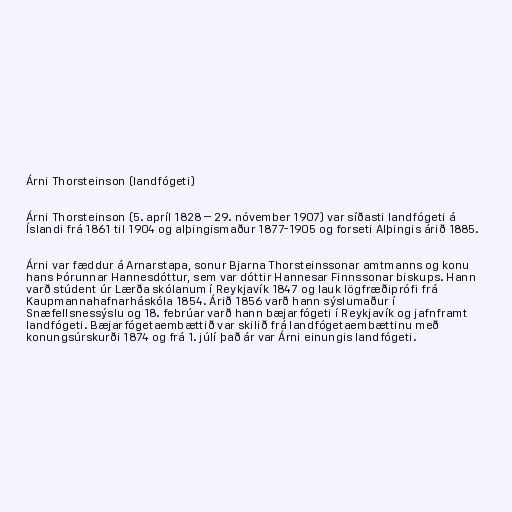
Árni Thorsteinson (landfógeti)

Árni Thorsteinson (5. apríl 1828 – 29. nóvember 1907) var síðasti landfógeti á
Íslandi frá 1861 til 1904 og alþingismaður 1877-1905 og forseti Alþingis árið 1885.

Árni var fæddur á Arnarstapa, sonur Bjarna Thorsteinssonar amtmanns og konu
hans Þórunnar Hannesdóttur, sem var dóttir Hannesar Finnssonar biskups. Hann
varð stúdent úr Lærða skólanum í Reykjavík 1847 og lauk lögfræðiprófi frá
Kaupmannahafnarháskóla 1854. Árið 1856 varð hann sýslumaður í
Snæfellsnessýslu og 18. febrúar varð hann bæjarfógeti í Reykjavík og jafnframt
landfógeti. Bæjarfógetaembættið var skilið frá landfógetaembættinu með
konungsúrskurði 1874 og frá 1. júlí það ár var Árni einungis landfógeti.